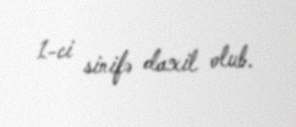
1-ci sinifə daxil olub.